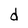
Character: d